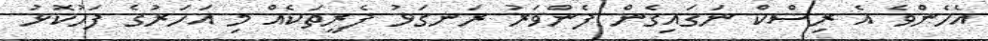
އެހެންވެ އެ ރިސްކް ނަގައިގެން ފެންވަރު ރަނގަޅު ފެރީތަކެއް މި އަހަރުގެ ފަހުކޮޅު